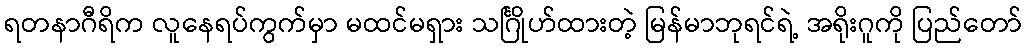
ရတနာဂီရိက လူနေရပ်ကွက်မှာ မထင်မရှား သင်္ဂြိုဟ်ထားတဲ့ မြန်မာဘုရင်ရဲ့ အရိုးဂူကို ပြည်တော်